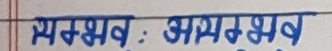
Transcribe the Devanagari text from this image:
समभव: असमभव